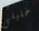
خليلي